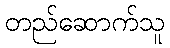
တည်ဆောက်သူ